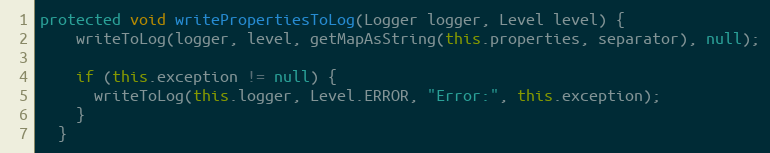
Language: Java
protected void writePropertiesToLog(Logger logger, Level level) {
    writeToLog(logger, level, getMapAsString(this.properties, separator), null);

    if (this.exception != null) {
      writeToLog(this.logger, Level.ERROR, "Error:", this.exception);
    }
  }